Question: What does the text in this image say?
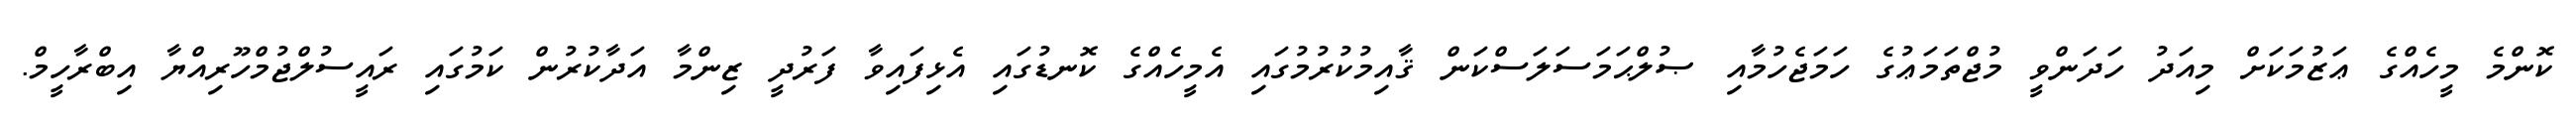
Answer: ކޮންމެ މީހެއްގެ ޢަޒުމަކަށް މިއަދު ހަދަންވީ މުޖްތަމަޢުގެ ހަމަޖެހުމާއި ޞުލްޙަމަސަލަސްކަން ޤާއިމުކުރުމުގައި އެމީހެއްގެ ކޮނޑުގައި އެޅިފައިވާ ފަރުދީ ޒިންމާ އަދާކުރުން ކަމުގައި ރައީސުލްޖުމްހޫރިއްޔާ އިބްރާހީމް.